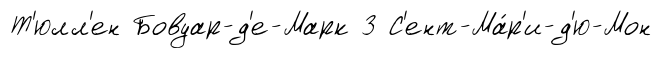
Т'юлл'ен Бовуар-д'е-Марк 3 С'ент-Ма́р'и-д'ю-Мон